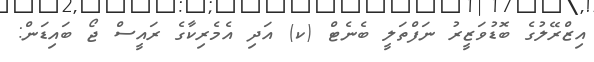
އިޒްރޭލުގެ ބޮޑުވަޒީރު ނަފްތަލީ ބެނެޓް (ކ) އަދި އެމެރިކާގެ ރައީސް ޖޯ ބައިޑަން: